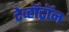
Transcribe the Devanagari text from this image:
टेव्हॉट्रॉन